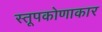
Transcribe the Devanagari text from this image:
स्तूपकोणाकार